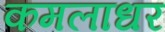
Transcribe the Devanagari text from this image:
कमलाधर